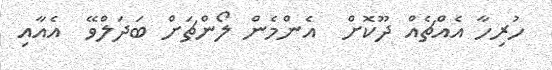
ހުރިހާ އެއްޗެއް ދޫކޮށް  އެންމެން ލޯންޗަށް ބަދަލްވޭ  އެއާއި